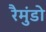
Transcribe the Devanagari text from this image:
रैमुंडो